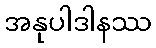
အနုပါဒါနဿ